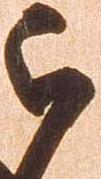
被